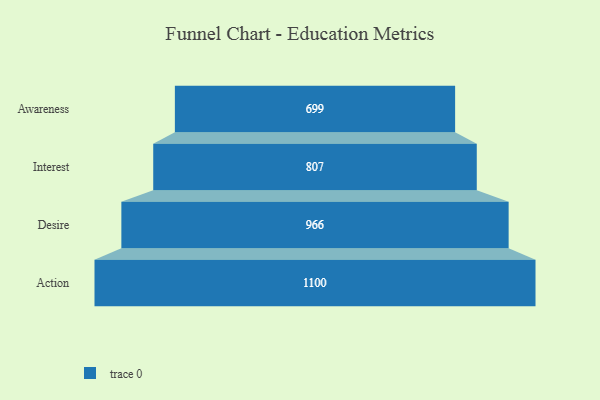
{"axis": {"x": "Stage", "y": "Value"}, "legend": [""], "data": [{"x": "Awareness", "y": 699.0, "type": ""}, {"x": "Interest", "y": 807.0, "type": ""}, {"x": "Desire", "y": 966.0, "type": ""}, {"x": "Action", "y": 1100.0, "type": ""}]}